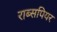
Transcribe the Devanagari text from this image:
राब्सपियर